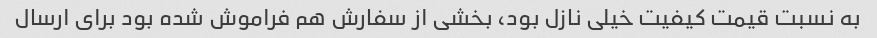
به نسبت قیمت کیفیت خیلی نازل بود، بخشی از سفارش هم فراموش شده بود برای ارسال